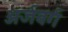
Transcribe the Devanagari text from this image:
अर्जवर्ग